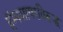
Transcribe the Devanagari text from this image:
हॅम्पशायरविरूद्ध